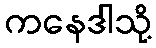
ကနေဒါသို့